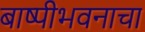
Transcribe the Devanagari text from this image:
बाष्पीभवनाचा